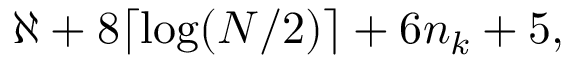
\aleph + 8 \lceil \log ( N / 2 ) \rceil + 6 n _ { k } + 5 ,